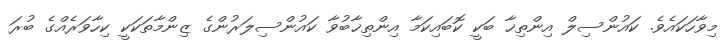
މިވާހަކައެވެ. ކައުންސިލް އިންތިޚާ ބަކީ ކޮބައިކަމާ އިންތިޚާބުވާ ކައުންސިލަރުންގެ ޒިންމާތަކަކީ ކިހާވަރެއްގެ ބުރަ